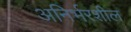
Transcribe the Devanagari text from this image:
अनिर्भरशील